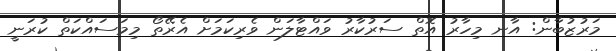
މަރުޒުބާން: އާނ މިހާރު އޮތް ސަރުކާރު ވައްޓާލަން ވެރިކަމަށް އެރޭތޯ މިމަސައްކަތް ކުރަނީ